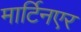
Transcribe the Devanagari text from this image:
मार्टिनएर